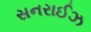
સનરાઈઝ